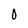
Character: 0